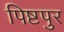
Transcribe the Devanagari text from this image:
पिष्टपुर